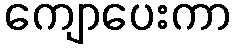
ကျောပေးကာ